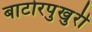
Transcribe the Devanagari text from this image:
बाटोरपुखुरी